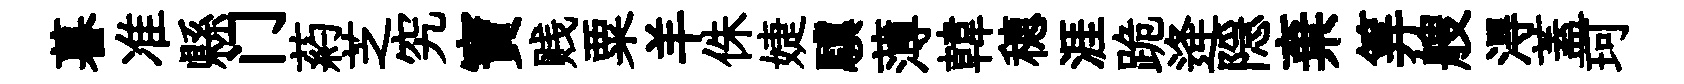
暮准縣门葯芝究寶贱粟羊侏婕驥薄韓穂涯跪逄隠棄筭艘淂蓋珂